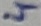
Text: 4